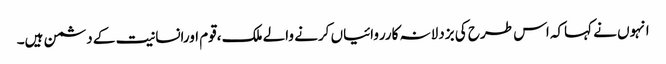
انہوں نے کہاکہ اس طرح کی بزدلانہ کارروائیاں کرنے والے ملک ،قوم اورانسانیت کے دشمن ہیں۔